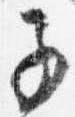
子